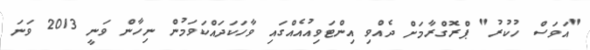
"އަވަސް ހުކުރު" ޕްރޮގްރާމަށް ދެއްވި އިންޓަވިއުއެއްގައި ވާހަކަދައްކަވަމުން ނިހާން ވަނީ 2013 ވަނަ